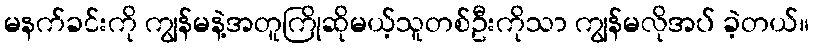
မနက်ခင်းကို ကျွန်မနဲ့အတူကြိုဆိုမယ့်သူတစ်ဦးကိုသာ ကျွန်မလိုအပ် ခဲ့တယ်။